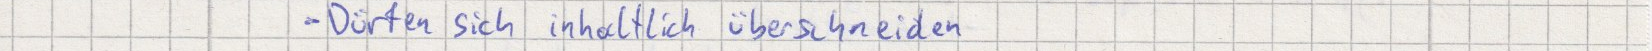
- Dürfen sich inhaltlich überschneiden